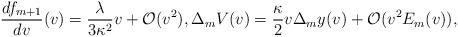
\begin{align*} \frac{df_{m+1}}{dv}(v)=\frac{\lambda}{3\kappa^2}v+\mathcal{O}(v^2),\Delta_mV(v)=\frac{\kappa}{2}v\Delta_my(v)+\mathcal{O}(v^2E_m(v)),\end{align*}